Scottish Leaving Certificate Examination, 1956
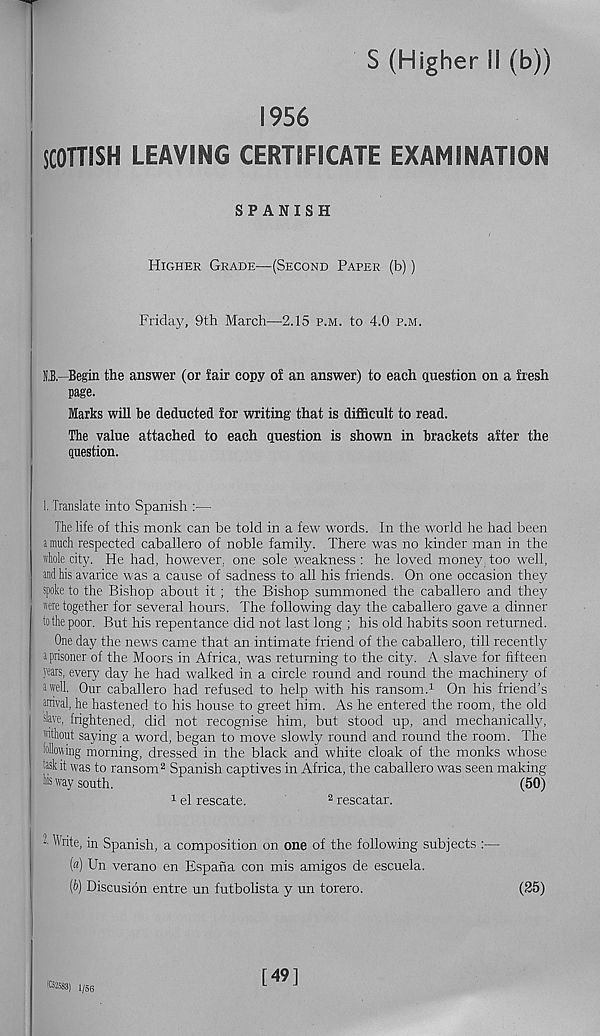
S (Higher II (b))
1956
SCOTTISH LEAVING CERTIFICATE EXAMINATION
SPANISH
Higher Grade—(Second Paper (b))
Friday, 9th March—2.15 p.m. to 4.0 p.m.
K.B.—Begin the answer (or fair copy of an answer) to each question on a fresh
page.
Marks will he deducted for writing that is difficult to read.
The value attached to each question is shown in brackets after the
question.
1. Translate into Spanish :—
The life of this monk can be told in a few words. In the world he had been
a much respected caballero of noble family. There was no kinder man in the
whole city. He had, however, one sole weakness : he loved money too well,
and his avarice was a cause of sadness to all his friends. On one occasion they
spoke to the Bishop about it; the Bishop summoned the caballero and they
were together for several hours. The following day the caballero gave a dinner
tothepoor. But his repentance did not last long ; his old habits soon returned.
One day the news came that an intimate friend of the caballero, till recently
s prisoner of the Moors in Africa, was returning to the city. A slave for fifteen
years, every day he had walked in a circle round and round the machinery of
a well. Our caballero had refused to help with his ransom. 1 On his friend’s
arrival, he hastened to his house to greet him. As he entered the room, the old
slave, frightened, did not recognise him, but stood up, and mechanically,
without saying a word, began to move slowly round and round the room. The
following morning, dressed in the black and white cloak of the monks whose
rask it was to ransom 2 Spanish captives in Africa, the caballero was seen making
Ms way south.
(50)
1 el rescate.
2 rescatar.
- Write, in Spanish, a composition on one of the following subjects
(a) Un verano en Espafia con mis amigos de escuela.
(b) Discusion entre un futbolista y un torero.
(25)
62583) l/5 6
[49]